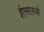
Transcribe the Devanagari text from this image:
ईएसएसओ